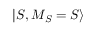
| S , M _ { S } = S \rangle